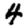
Digit: 4